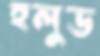
হলুড